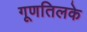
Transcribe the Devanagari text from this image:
गूणतिलके